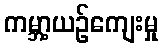
ကမ္ဘာ့ယဉ်ကျေးမှု